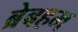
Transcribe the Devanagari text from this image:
ब्रेबहम